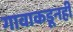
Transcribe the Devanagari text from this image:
गावाकडूनही